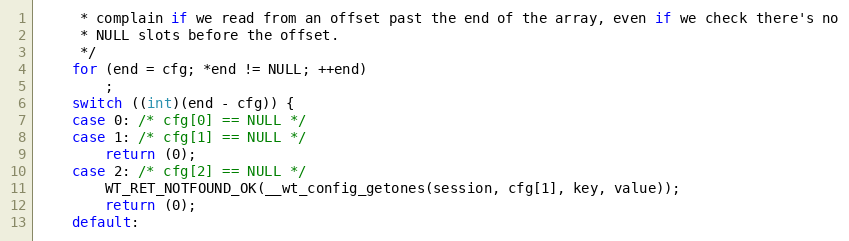
Language: C
     * complain if we read from an offset past the end of the array, even if we check there's no
     * NULL slots before the offset.
     */
    for (end = cfg; *end != NULL; ++end)
        ;
    switch ((int)(end - cfg)) {
    case 0: /* cfg[0] == NULL */
    case 1: /* cfg[1] == NULL */
        return (0);
    case 2: /* cfg[2] == NULL */
        WT_RET_NOTFOUND_OK(__wt_config_getones(session, cfg[1], key, value));
        return (0);
    default: